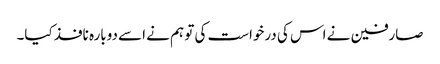
صارفین نے اس کی درخواست کی تو ہم نے اسے دوبارہ نافذ کیا۔